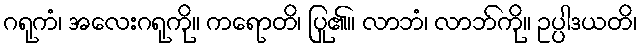
ဂရုကံ၊ အလေးဂရုကို။ ကရောတိ၊ ပြု၏။ လာဘံ၊ လာဘ်ကို။ ဥပ္ပါဒယတိ၊